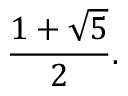
{ \frac { 1 + { \sqrt { 5 } } } { 2 } } .